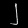
Digit: ၂